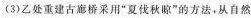
(3)乙处重建古廊桥采用”夏伐秋晾”的方法，从自然